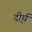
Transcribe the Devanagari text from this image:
दी्र्घ